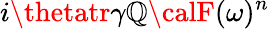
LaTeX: i\thetatr\gamma\mathbb{Q}{\calF}(\omega)^{n}